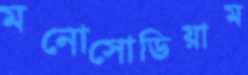
মনোসোডিয়াম